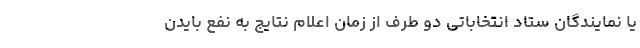
یا نمایندگان ستاد انتخاباتی دو طرف از زمان اعلام نتایج به نفع بایدن